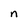
Character: n